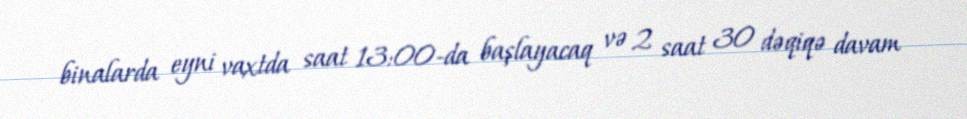
binalarda eyni vaxtda saat 13:00-da başlayacaq və 2 saat 30 dəqiqə davam